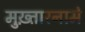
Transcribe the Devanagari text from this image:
मुख़्तारनामे